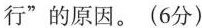
行”的原因。(6分)